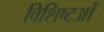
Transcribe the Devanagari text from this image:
विशिष्टओं